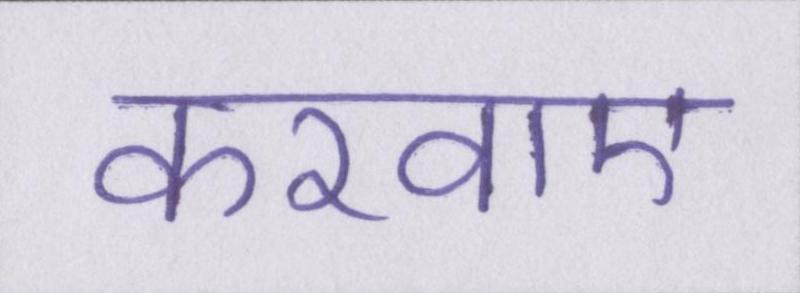
करवाए